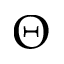
\Theta